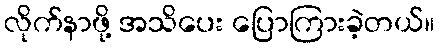
လိုက်နာဖို့ အသိပေး ပြောကြားခဲ့တယ်။